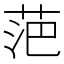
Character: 𮏍